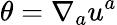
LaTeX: \theta=\nabla_{a}u^{a}